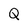
Character: Q